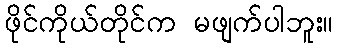
ဖိုင်ကိုယ်တိုင်က မဖျက်ပါဘူး။